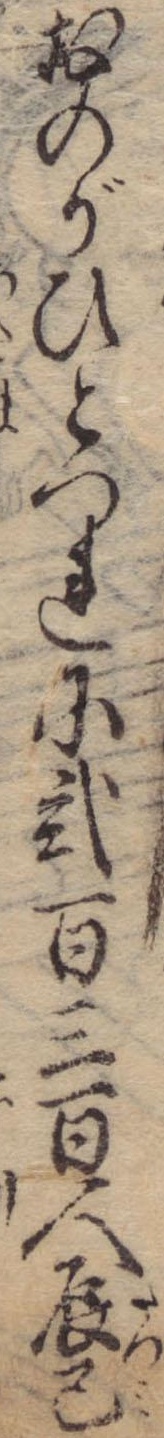
おのがひとつれに弐百三百人辰己